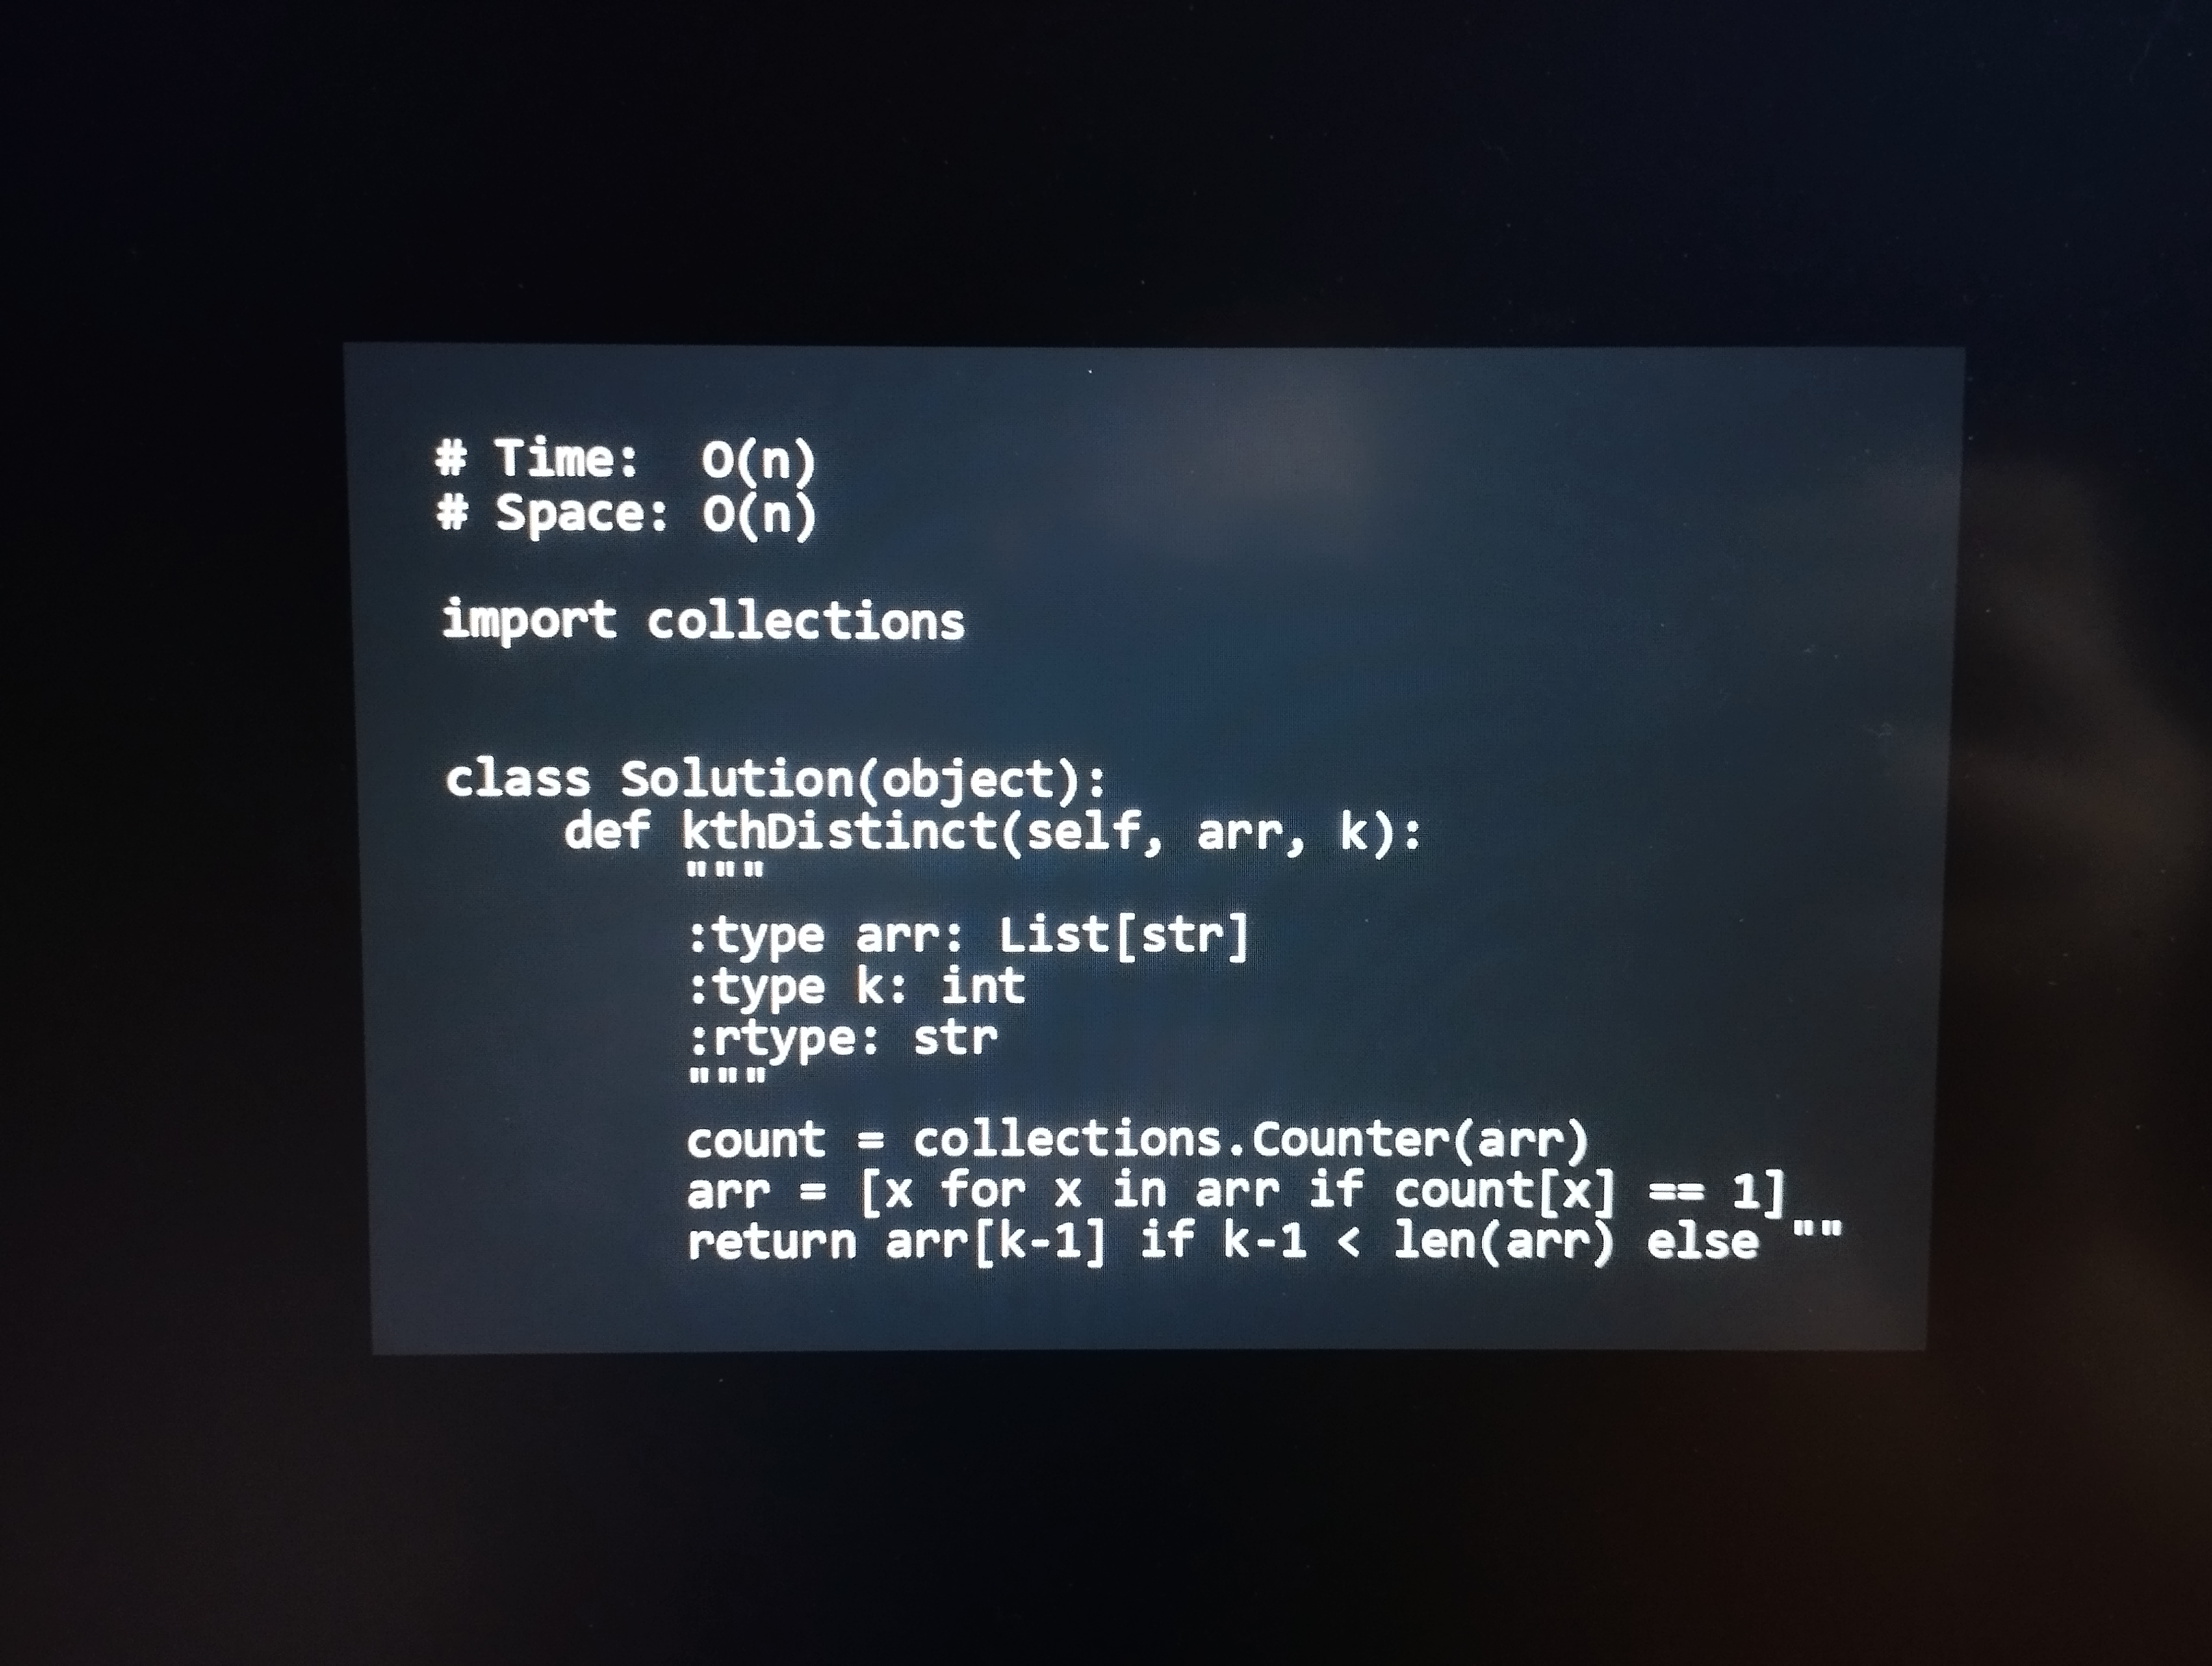
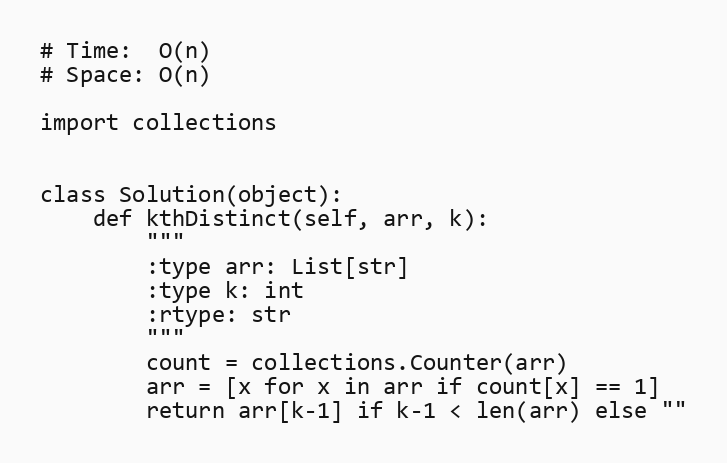
# Time:  O(n)
# Space: O(n)

import collections

class Solution(object):
    def kthDistinct(self, arr, k):
        """
        :type arr: List[str]
        :type k: int
        :rtype: str
        """
        count = collections.Counter(arr)
        arr = [x for x in arr if count[x] == 1]
        return arr[k-1] if k-1 < len(arr) else ""